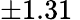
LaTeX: \pm 1.31\